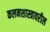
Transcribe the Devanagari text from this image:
कलनशास्त्रावरील